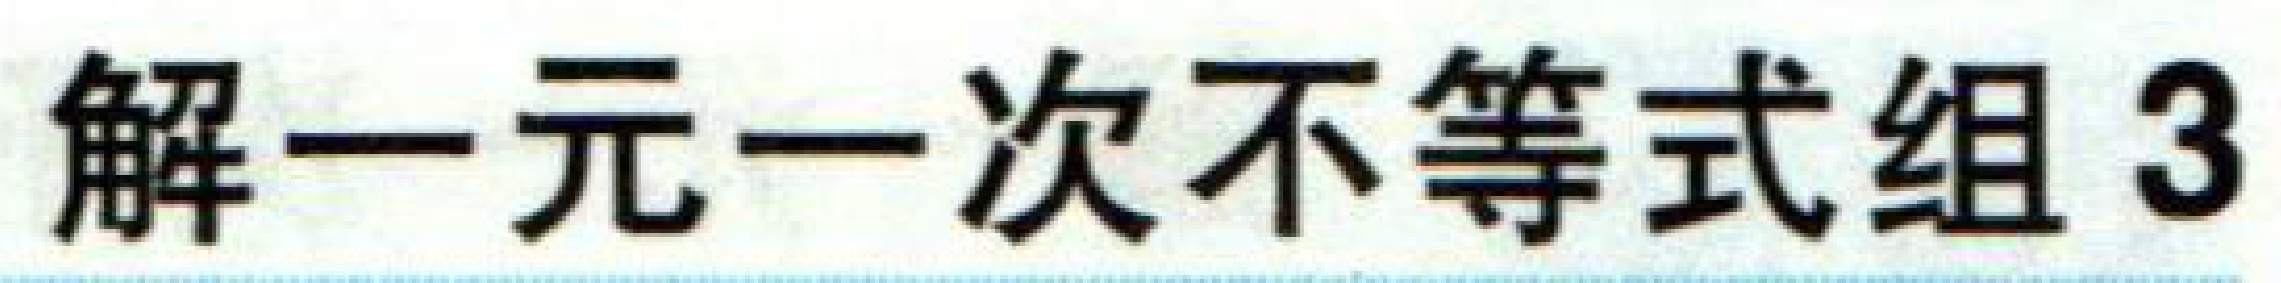
解一元一次不等式组3